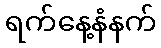
ရက်နေ့နံနက်